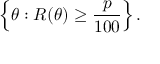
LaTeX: \left\{ \theta : R ( \theta ) \geq { \frac { p } { 1 0 0 } } \right\} .